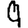
Digit: 9